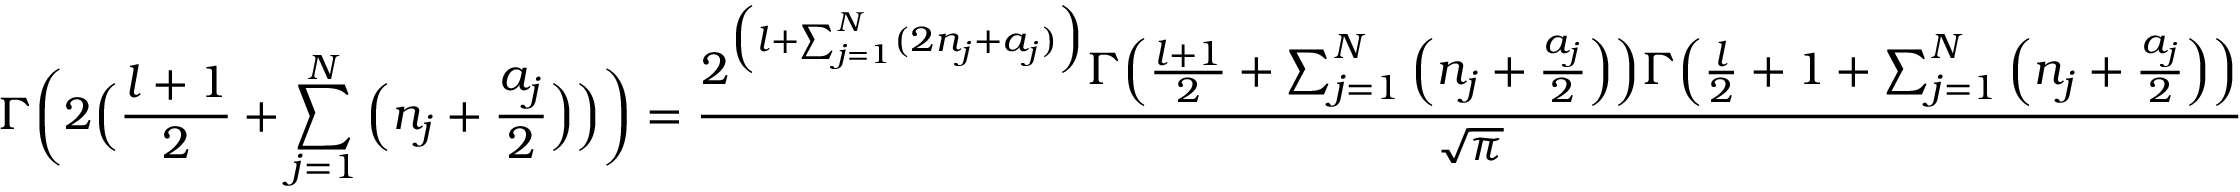
\Gamma \bigg ( 2 \Big ( \frac { l + 1 } { 2 } + \sum _ { j = 1 } ^ { N } \Big ( n _ { j } + \frac { a _ { j } } { 2 } \Big ) \Big ) \bigg ) = \frac { 2 ^ { \Big ( l + \sum _ { j = 1 } ^ { N } ( 2 n _ { j } + a _ { j } ) \Big ) } \Gamma \Big ( \frac { l + 1 } { 2 } + \sum _ { j = 1 } ^ { N } \Big ( n _ { j } + \frac { a _ { j } } { 2 } \Big ) \Big ) \Gamma \Big ( \frac { l } { 2 } + 1 + \sum _ { j = 1 } ^ { N } \Big ( n _ { j } + \frac { a _ { j } } { 2 } \Big ) \Big ) } { \sqrt { \pi } }